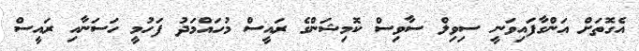
އެގޮތަށް އަންގާފައިވަނީ ސިވިލް ސާވިސް ކޮމިޝަންގެ ރައީސް މުހައްމަދު ފަހުމީ ހަސަނާއި ރައީސް